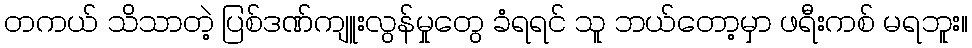
တကယ် သိသာတဲ့ ပြစ်ဒဏ်ကျူးလွန်မှုတွေ ခံရရင် သူ ဘယ်တော့မှာ ဖရီးကစ် မရဘူး။